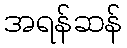
အရန်ဆန်